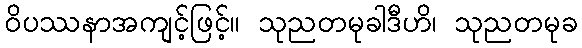
ဝိပဿနာအကျင့်ဖြင့်။ သုညတမုခါဒီဟိ၊ သုညတမုခ